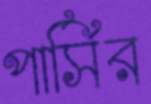
পার্সির